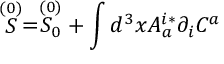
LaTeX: \stackrel { ( 0 ) } { S } = \stackrel { ( 0 ) } { S _ { 0 } } + \int d ^ { 3 } x A _ { a } ^ { i * } \partial _ { i } C ^ { a }